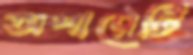
অপারের্টি